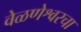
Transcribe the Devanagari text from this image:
वेळणेश्वरचा